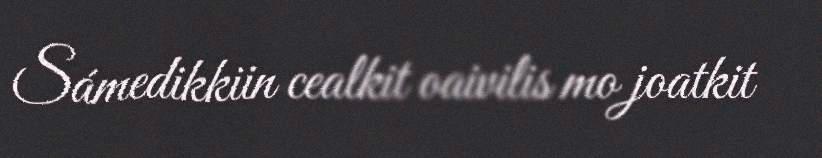
Sámedikkiin cealkit oaivilis mo joatkit